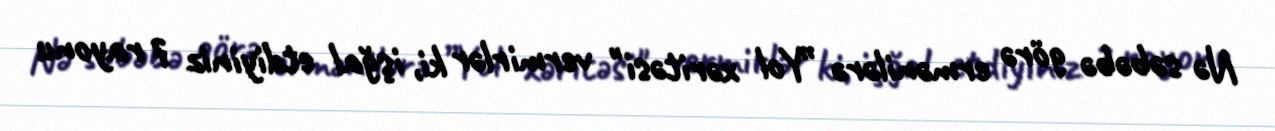
Nə səbəbə görə ermənilərə ”Yol xəritəsi" vermirlər ki, işğal etdiyiniz 7 rayonu